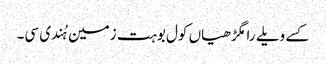
کسے ویلے رامگڑھیاں کول بوہت زمین ہُندی سی۔